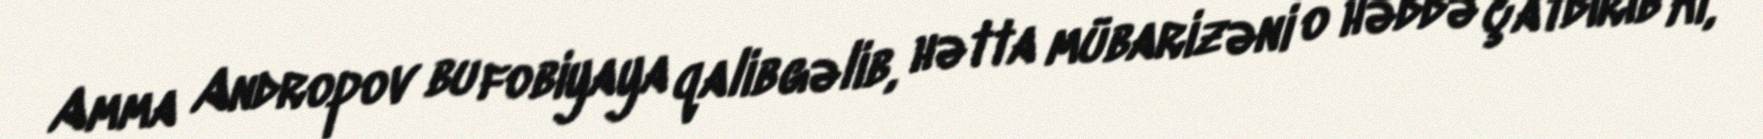
Amma Andropov bu fobiyaya qalib gəlib, hətta mübarizəni o həddə çatdırıb ki,